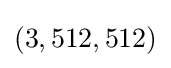
(3,512,512)